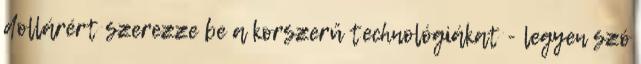
dollárért szerezze be a korszerű technológiákat - legyen szó